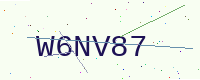
Text: W6NV87